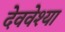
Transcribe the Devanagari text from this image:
देववेश्या